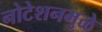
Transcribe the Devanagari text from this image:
नोटेशनमुळे